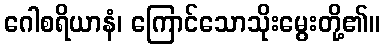
ဂေါစရိယာနံ၊ ကြောင်သောသိုးမွေးတို့၏။